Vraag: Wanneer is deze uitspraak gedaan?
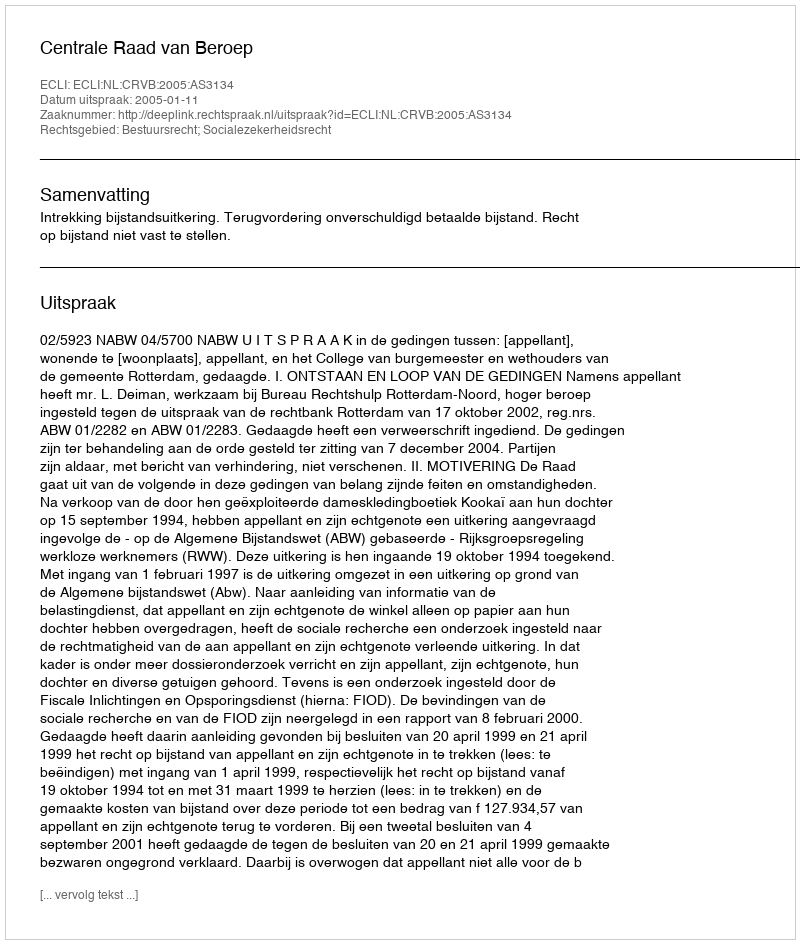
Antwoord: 2005-01-11